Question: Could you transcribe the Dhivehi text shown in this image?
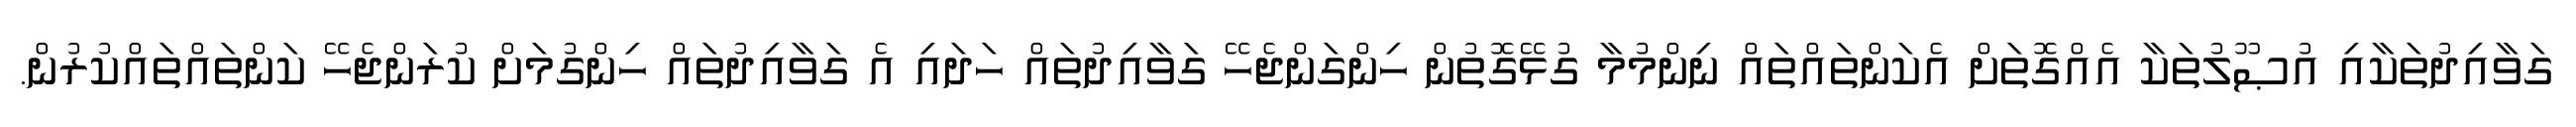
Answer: ގަވާއިދުތަކާއި އުޞޫލުތަކާ އެއްގޮތަށް އެކަންތައްތައް ނިންމުމާ ގުޅޭގޮތުން ހިންގަންޖެހޭ ގަވާއިދުތައް ހަދައި އެ ގަވާއިދުތައް ހިންގުމަށް ކުރަންޖެހޭ ކަންތައްތައްކުރުން.